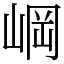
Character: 㟠